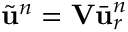
\Tilde { \ensuremath { \mathbf { u } } } ^ { n } = \mathbf { V } \bar { \ensuremath { \mathbf { u } } } _ { r } ^ { n }